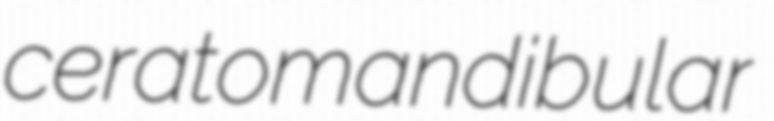
ceratomandibular